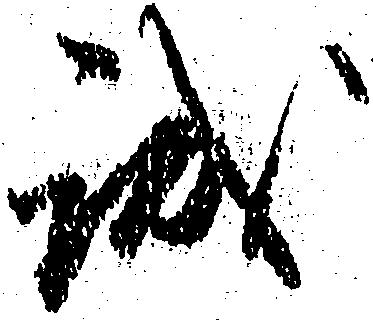
誠